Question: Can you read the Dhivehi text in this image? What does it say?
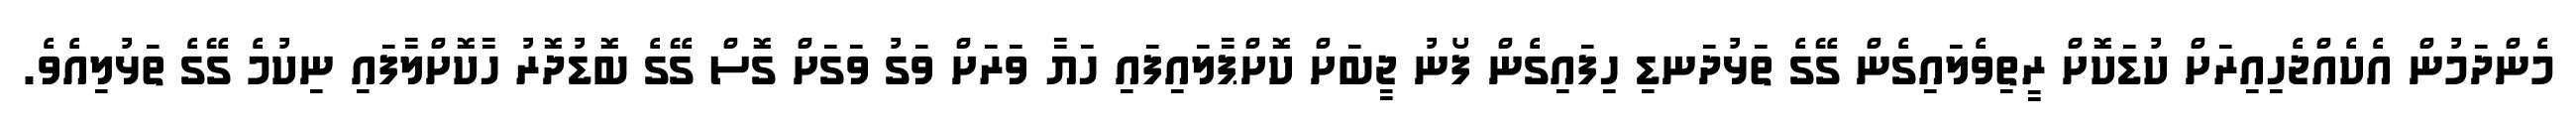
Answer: މެންދަމުން އެކެއްޖެހިއިރަށް ކުޑަކޮށް ރީތިވެލައިގެން ގޭގެ ތަޅުދަނޑި ހިފައިގެން ފޯނު ޖީބަށް ކޮށްޕާލައިފައި ހަޔާ ވަރަށް ވަގު ވަގަށް ގޮސް ގޭގެ ބޮޑުދޮރު ހާކޮށްލާފައި ނިކުމެ ގޭގެ ތަޅުލިއެވެ.